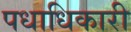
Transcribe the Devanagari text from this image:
पधाधिकारी